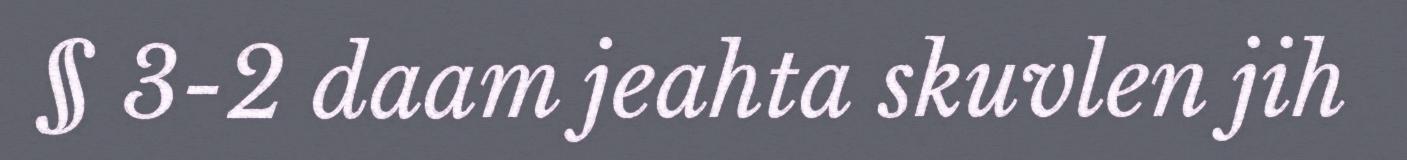
§ 3-2 daam jeahta skuvlen jih